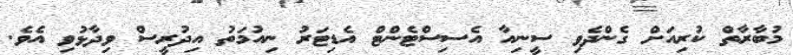
މުބާރާތް ކުރިއަށް ގެންދެވި ސީނިއާ އެސިސްޓެންޓް އެޑިޓަރު ނިއުމަތު އިދުރީސް ވިދާޅުވި އެވެ.